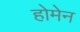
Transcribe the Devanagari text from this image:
होमेन